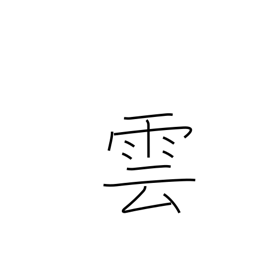
Meaning: cloud